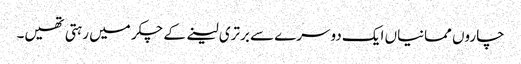
چاروں ممانیاں ایک دوسرے سے برتری لینے کے چکر میں رہتی تھیں۔